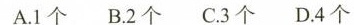
A.1个 B.2个 C.3个 D.4个